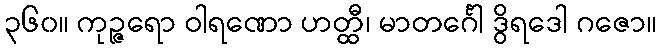
၃၆၀။ ကုဉ္ဇရော ဝါရဏော ဟတ္ထီ၊ မာတင်္ဂေါ ဒွိရဒေါ ဂဇော။